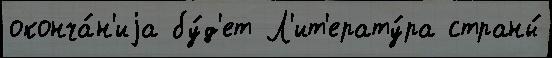
оконча́н'иjа бу́д'ет Л'ит'ерату́ра страны́